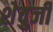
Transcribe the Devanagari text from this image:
शेवुजी